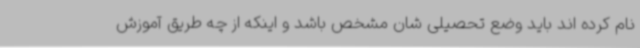
نام کرده اند باید وضع تحصیلی شان مشخص باشد و اینکه از چه طریق آموزش